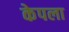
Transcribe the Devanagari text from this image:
केपला